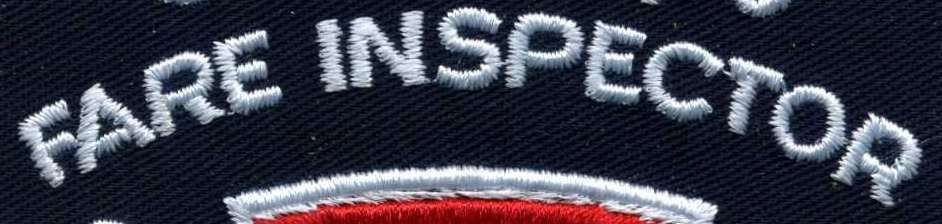
FARE INSPECTOR